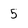
Character: 5